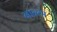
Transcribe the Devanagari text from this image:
नान्या